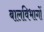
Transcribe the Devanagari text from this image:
बालविभागों